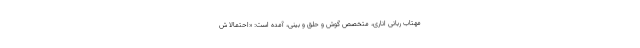
مهتاب ربانی اناری، متخصص گوش‌ و حلق‌ و بینی، آمده است: «احتمالا ش